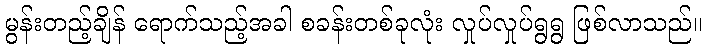
မွန်းတည့်ချိန် ရောက်သည့်အခါ စခန်းတစ်ခုလုံး လှုပ်လှုပ်ရွရွ ဖြစ်လာသည်။